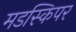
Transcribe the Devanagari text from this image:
मडस्किपर